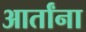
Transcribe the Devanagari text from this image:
आर्तांना